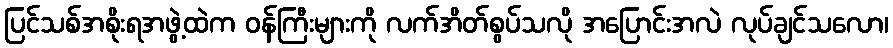
ပြင်သစ်အစိုးရအဖွဲ့ထဲက ဝန်ကြီးများကို လက်အိတ်စွပ်သလို အပြောင်းအလဲ လုပ်ချင်သလော၊